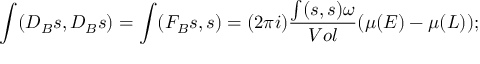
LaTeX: \int ( D _ { B } s , D _ { B } s ) = \int ( F _ { B } s , s ) = ( 2 \pi i ) \frac { \int ( s , s ) \omega } { V o l } ( \mu ( E ) - \mu ( L ) ) ;